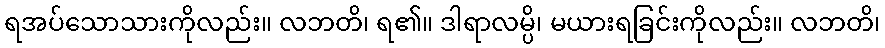
ရအပ်သောသားကိုလည်း။ လဘတိ၊ ရ၏။ ဒါရာလမ္ပိ၊ မယားရခြင်းကိုလည်း။ လဘတိ၊